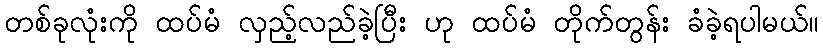
တစ်ခုလုံးကို ထပ်မံ လှည့်လည်ခဲ့ပြီး ဟု ထပ်မံ တိုက်တွန်း ခံခဲ့ရပါမယ်။